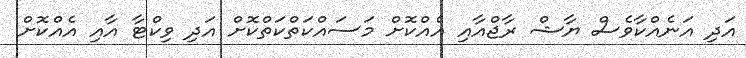
އަދި އަނެއްކާވެސް ޔާޝް ރާޖްއާއި އެއްކޮށް މަސައްކަތްކަތްކޮށް އަދި ވިކްޓާ އާއި އެއްކޮށް